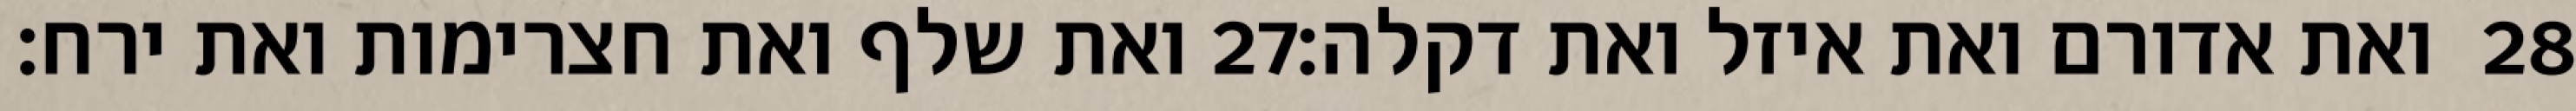
ואת שלף ואת חצרימות ואת ירח׃ ‎27‏ ואת אדורם ואת איזל ואת דקלה׃ ‎28‏